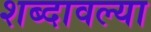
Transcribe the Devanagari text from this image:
शब्दावल्या